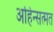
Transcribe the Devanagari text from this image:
अहिन्सत्मत